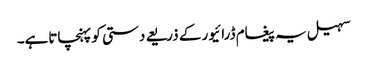
سہیل یہ پیغام ڈرائیور کے ذریعے دستی کو پہنچاتاہے۔